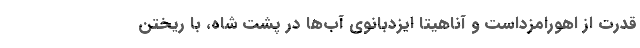
قدرت از اهورامزداست و آناهیتا ایزدبانوی آب‌ها در پشت شاه، با ریختن